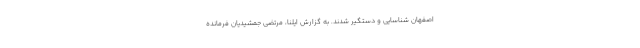
اصفهان شناسایی و دستگیر شدند. به گزارش ایلنا، مرتضی جمشیدیان فرمانده